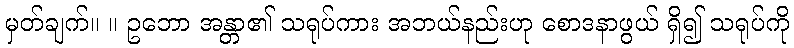
မှတ်ချက်။ ။ ဥဘော အန္တာ၏ သရုပ်ကား အဘယ်နည်းဟု စောဒနာဖွယ် ရှိ၍ သရုပ်ကို